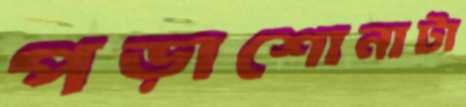
পড়াশোনাটা